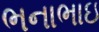
ભનાભાઇ